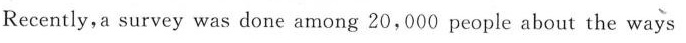
Recently，a survey was done among20，000people about the ways